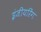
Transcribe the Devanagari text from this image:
इंजीयरिंग